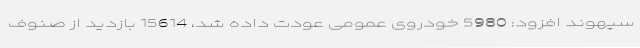
سپهوند افزود: 5980 خودروی عمومی عودت داده شد، 15614 بازدید از صنوف